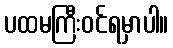
ပထမကြီးဝင်ရမှာပါ။